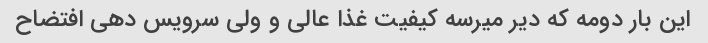
این بار دومه که دیر میرسه کیفیت غذا عالی و ولی سرویس دهی افتضاح